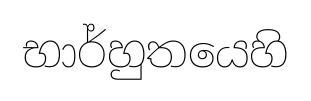
භාර්හුතයෙහි